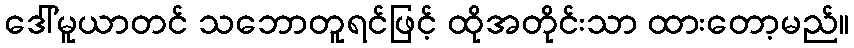
ဒေါ်မူယာတင် သဘောတူရင်ဖြင့် ထိုအတိုင်းသာ ထားတော့မည်။